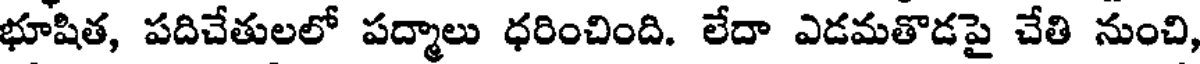
భూషిత, పదిచేతులలో పద్మాలు ధరించింది. లేదా ఎడమతొడపై చేతి నుంచి,